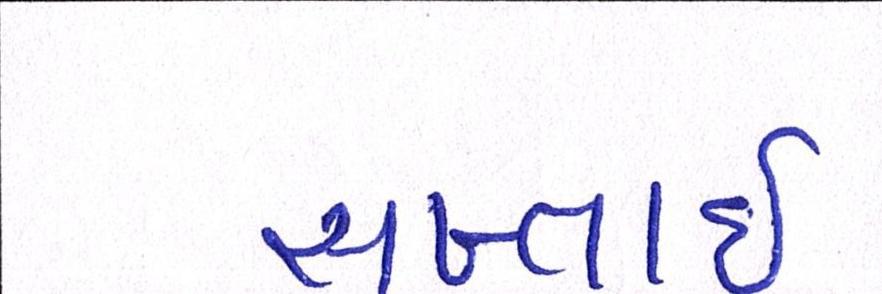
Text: સખ્તાઈ